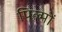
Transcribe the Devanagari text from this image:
पिल्मों